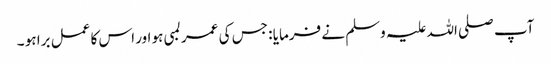
آپ صلی اللہ علیہ وسلم نے فرمایا : جس کی عمر لمبی ہو اور اس کا عمل برا ہو ۔